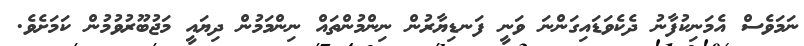
ނަމަވެސް އެމަނިކުފާނު ދެކެވަޑައިގަންނަ ވަނީ ފަނޑިޔާރުން ނިންމުންތައް ނިންމަމުން ދިޔައީ މަޖުބޫރުވުމުން ކަމަށެވެ.